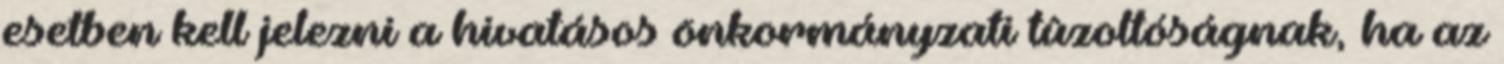
esetben kell jelezni a hivatásos önkormányzati tûzoltóságnak, ha az